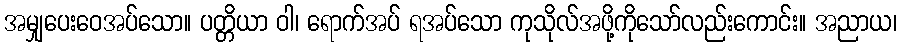
အမျှပေးဝေအပ်သော။ ပတ္တိယာ ဝါ၊ ရောက်အပ် ရအပ်သော ကုသိုလ်အဖို့ကိုသော်လည်းကောင်း။ အညာယ၊